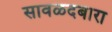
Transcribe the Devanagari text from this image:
सावळदबारा